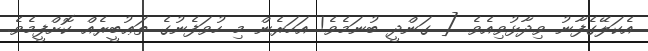
އެކަލޭގެފާނު ވިދާޅުވިއެވެ. [ ގަންދީ ބުނަމެވެ! އަހަރެން މި ހުވަފެނުގެ ތަޢުބީރެއް ކޮށްފީމެވެ.